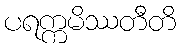
ပရက္ကမိဿတီတိ